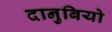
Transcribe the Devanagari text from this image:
दानुबियो